Indian journal of veterinary science and animal husbandry - Volumes 18-21, 1948-1951
Year: 1948
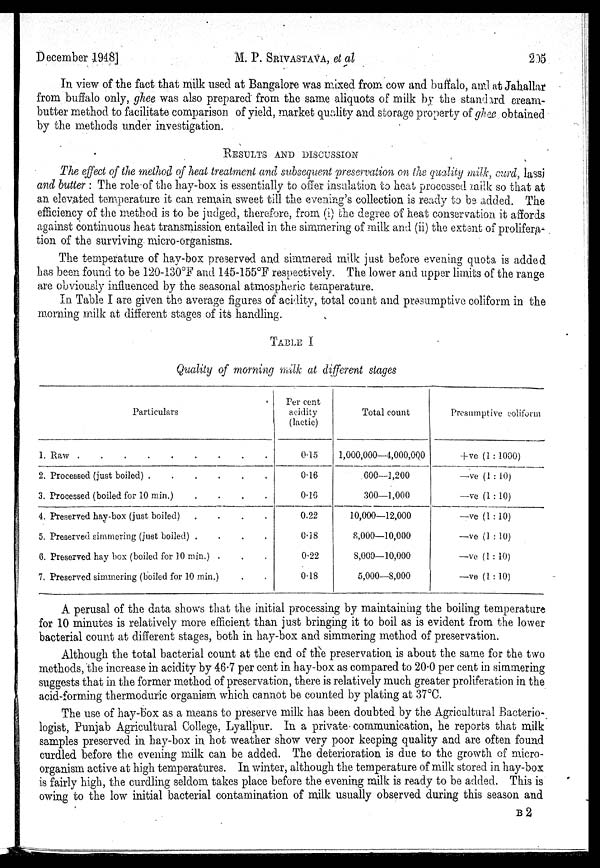
December 1948]
M. P. SRIVASTAVA,
et
al
205
In view of the fact that milk used at Bangalore was mixed from cow and buffalo, and at Jahallar
from buffalo only, ghee was also prepared from the same aliquots of milk by the standard cream-
butter method to facilitate comparison of yield, market quality and storage property of ghee obtained
by the methods under investigation.
RESULTS AND DISCUSSION
The effect of the method of heat treatment and subsequent preservation on the quality milk, curd, lassi
and butter : The role of the hay-box is essentially to offer insulation to heat processed milk so that at
an elevated temperature it can remain sweet till the evening's collection is ready to be added. The
efficiency of the method is to be judged, therefore, from (i) the degree of heat conservation it affords
against continuous heat transmission entailed in the simmering of milk and (ii) the extent of prolifera-
tion of the surviving micro-organisms.
The temperature of hay-box preserved and simmered milk just before evening quota is added
has been found to be 120-130°F and 145-155°F respectively. The lower and upper limits of the range
are obviously influenced by the seasonal atmospheric temperature.
In Table I are given the average figures of acidity, total count and presumptive coliform in the
morning milk at different stages of its handling.
TABLE I
Quality of morning milk at different stages
Particulars
1. Raw
2. Processed (just boiled)
......
3. Processed (boiled for 10 min.)
....
4. Preserved hay-box (just boiled)
....
5. Preserved simmering (just boiled)
....
6. Preserved hay box (boiled for 10 min.) .
7. Preserved simmering (boiled for 10 min.)
Per cent
acidity
(lactic)
0.15
016
0.10
0.22
0.18
0.22
0.18
Total count
1,000,000—4,000,000
600—1,200
300—1,000
10,000—12,000
8,000—10,000
8,000—10,000
5,000—8,000
Presumptive coliform
+ ve (1 : 1000)
—ve (1 : 10)
—ve (1 : 10)
—ve (1 : 10)
—ve (1 : 10)
—ve (1 : 10)
—ve (1 : 10)
A perusal of the data shows that the initial processing by maintaining the boiling temperature
for 10 minutes is relatively more efficient than just bringing it to boil as is evident from the lower
bacterial count at different stages, both in hay-box and simmering method of preservation.
Although the total bacterial count at the end of the preservation is about the same for the two
methods, the increase in acidity by 46.7 per cent in hay-box as compared to 20.0 per cent in simmering
suggests that in the former method of preservation, there is relatively much greater proliferation in the
acid-forming thermoduric organism which cannot be counted by plating at 37°C.
The use of hay-box as a means to preserve milk has been doubted by the Agricultural Bacterio-
logist, Punjab Agricultural College, Lyallpur. In a private communication, he reports that milk
samples preserved in hay-box in hot weather show very poor keeping quality and are often found
curdled before the evening milk can be added. The deterioration is due to the growth of micro-
organism active at high temperatures. In winter, although the temperature of milk stored in hay-box
is fairly high, the curdling seldom takes place before the evening milk is ready to be added. This is
owing to the low initial bacterial contamination of milk usually observed during this season and
B 2